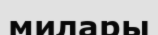
милары